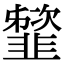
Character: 䪡